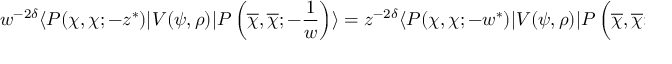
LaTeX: w ^ { - 2 \delta } \langle P ( \chi , \chi ; - z ^ { \ast } ) | V ( \psi , \rho ) | P \left( \overline { { \chi } } , \overline { { \chi } } ; - { \frac { 1 } { w } } \right) \rangle = z ^ { - 2 \delta } \langle P ( \chi , \chi ; - w ^ { \ast } ) | V ( \psi , \rho ) | P \left( \overline { { \chi } } , \overline { { \chi } } ; - { \frac { 1 } { z } } \right) \rangle \, ,